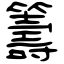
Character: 籌